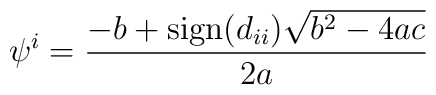
\psi^i = \frac{-b + {\rm sign} (d_{ii}) \sqrt{b^2 -4ac}}{2a}